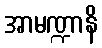
အာမဏ္ဍာနိ